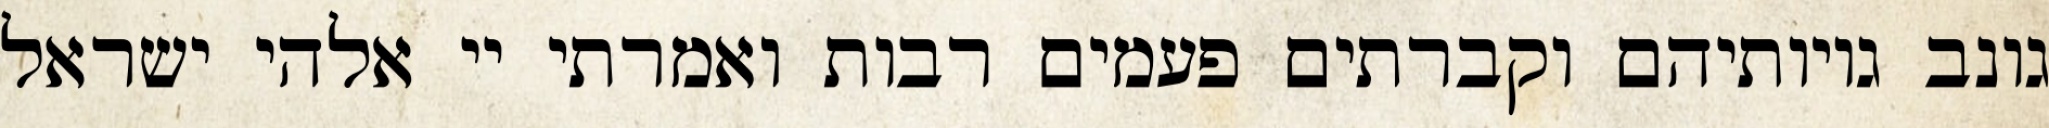
גונב גויותיהם וקברתים פעמים רבות ואמרתי יי אלהי ישראל